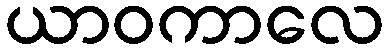
ယာဝကာလေ